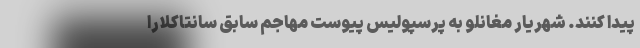
پیدا کنند. شهریار مغانلو به پرسپولیس پیوست مهاجم سابق سانتاکلارا